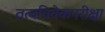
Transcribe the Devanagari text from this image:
तत्वविवेकपरीक्षा